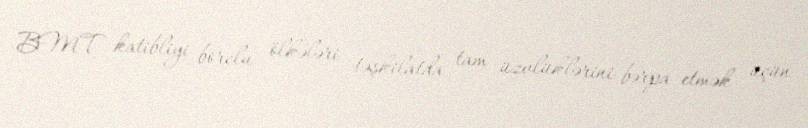
BMT katibliyi borclu ölkələri təşkilatda tam üzvlüklərini bərpa etmək üçün